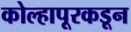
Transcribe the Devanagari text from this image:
कोल्हापूरकडून